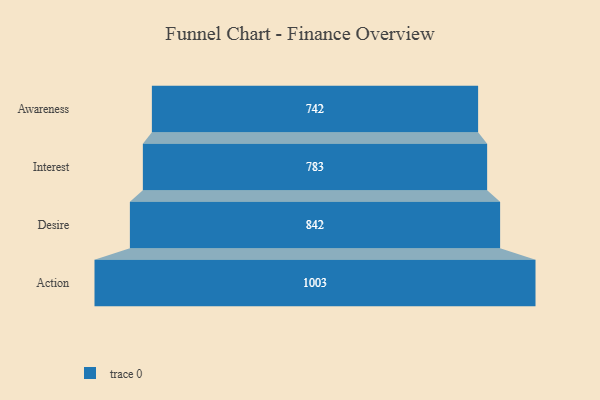
{"axis": {"x": "Stage", "y": "Value"}, "legend": [""], "data": [{"x": "Awareness", "y": 742.0, "type": ""}, {"x": "Interest", "y": 783.0, "type": ""}, {"x": "Desire", "y": 842.0, "type": ""}, {"x": "Action", "y": 1003.0, "type": ""}]}